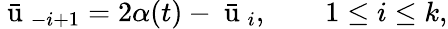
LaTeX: \bar{\mathrm{~u~}}_{-i+1}=2\alpha(t)-\bar{\mathrm{~u~}}_{i},\qquad 1\leq i\leq k,